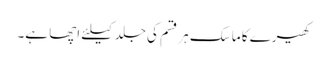
کھیرے کا ماسک ہر قسم کی جلد کیلئے اچھا ہے۔